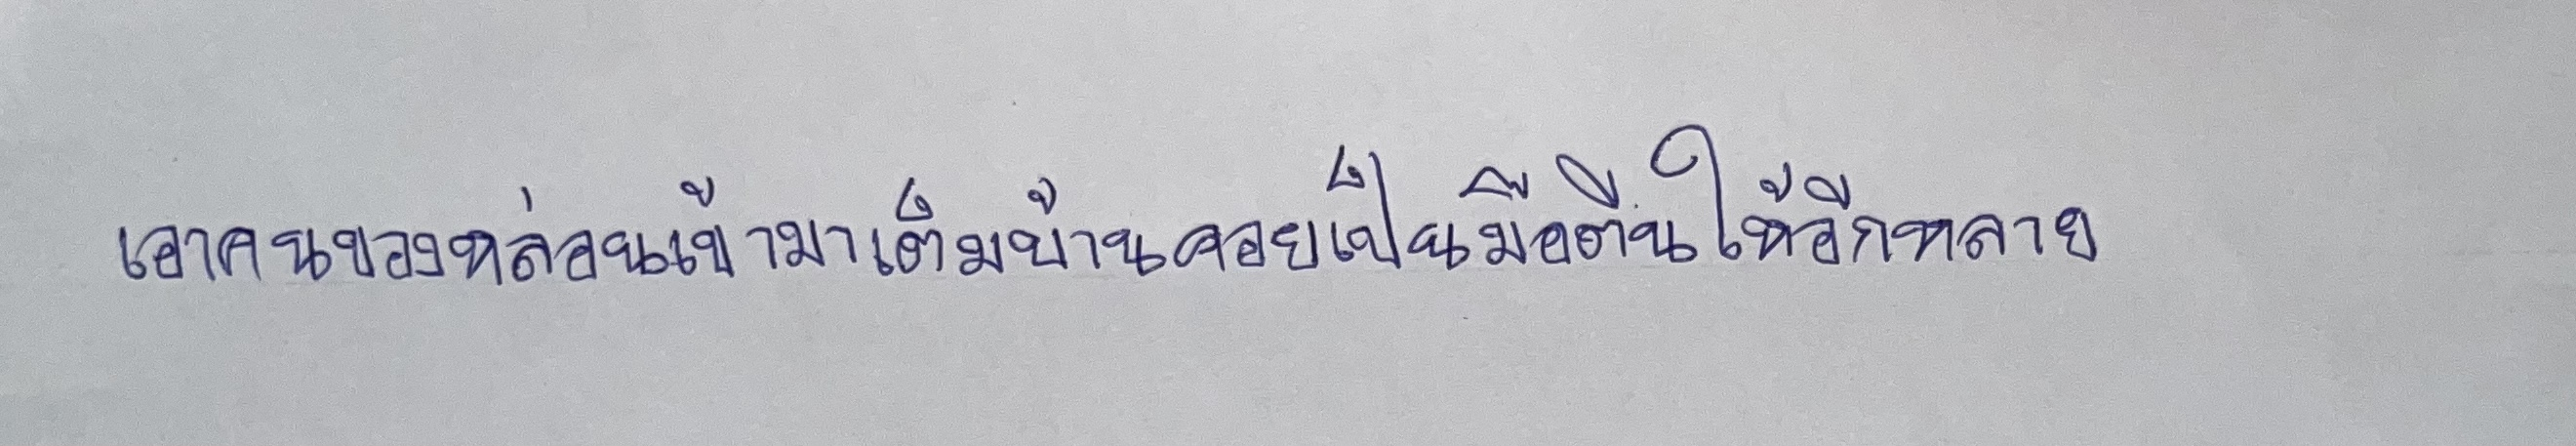
เอาคนของหล่อนเข้ามาเต็มบ้านคอยเป็นมือตีนให้อีกหลาย